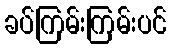
ခပ်ကြမ်းကြမ်းပင်